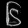
Digit: ၆